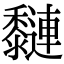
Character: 𪐍